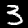
Digit: 3